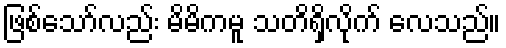
ဖြစ်သော်လည်း မိမိကမူ သတိရှိလိုက် လေသည်။